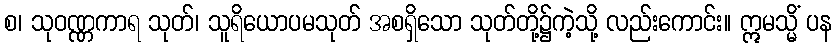
စ၊ သုဝဏ္ဏကာရ သုတ်၊ သူရိယောပမသုတ် အစရှိသော သုတ်တို့၌ကဲ့သို့ လည်းကောင်း။ ဣမသ္မိံ ပန